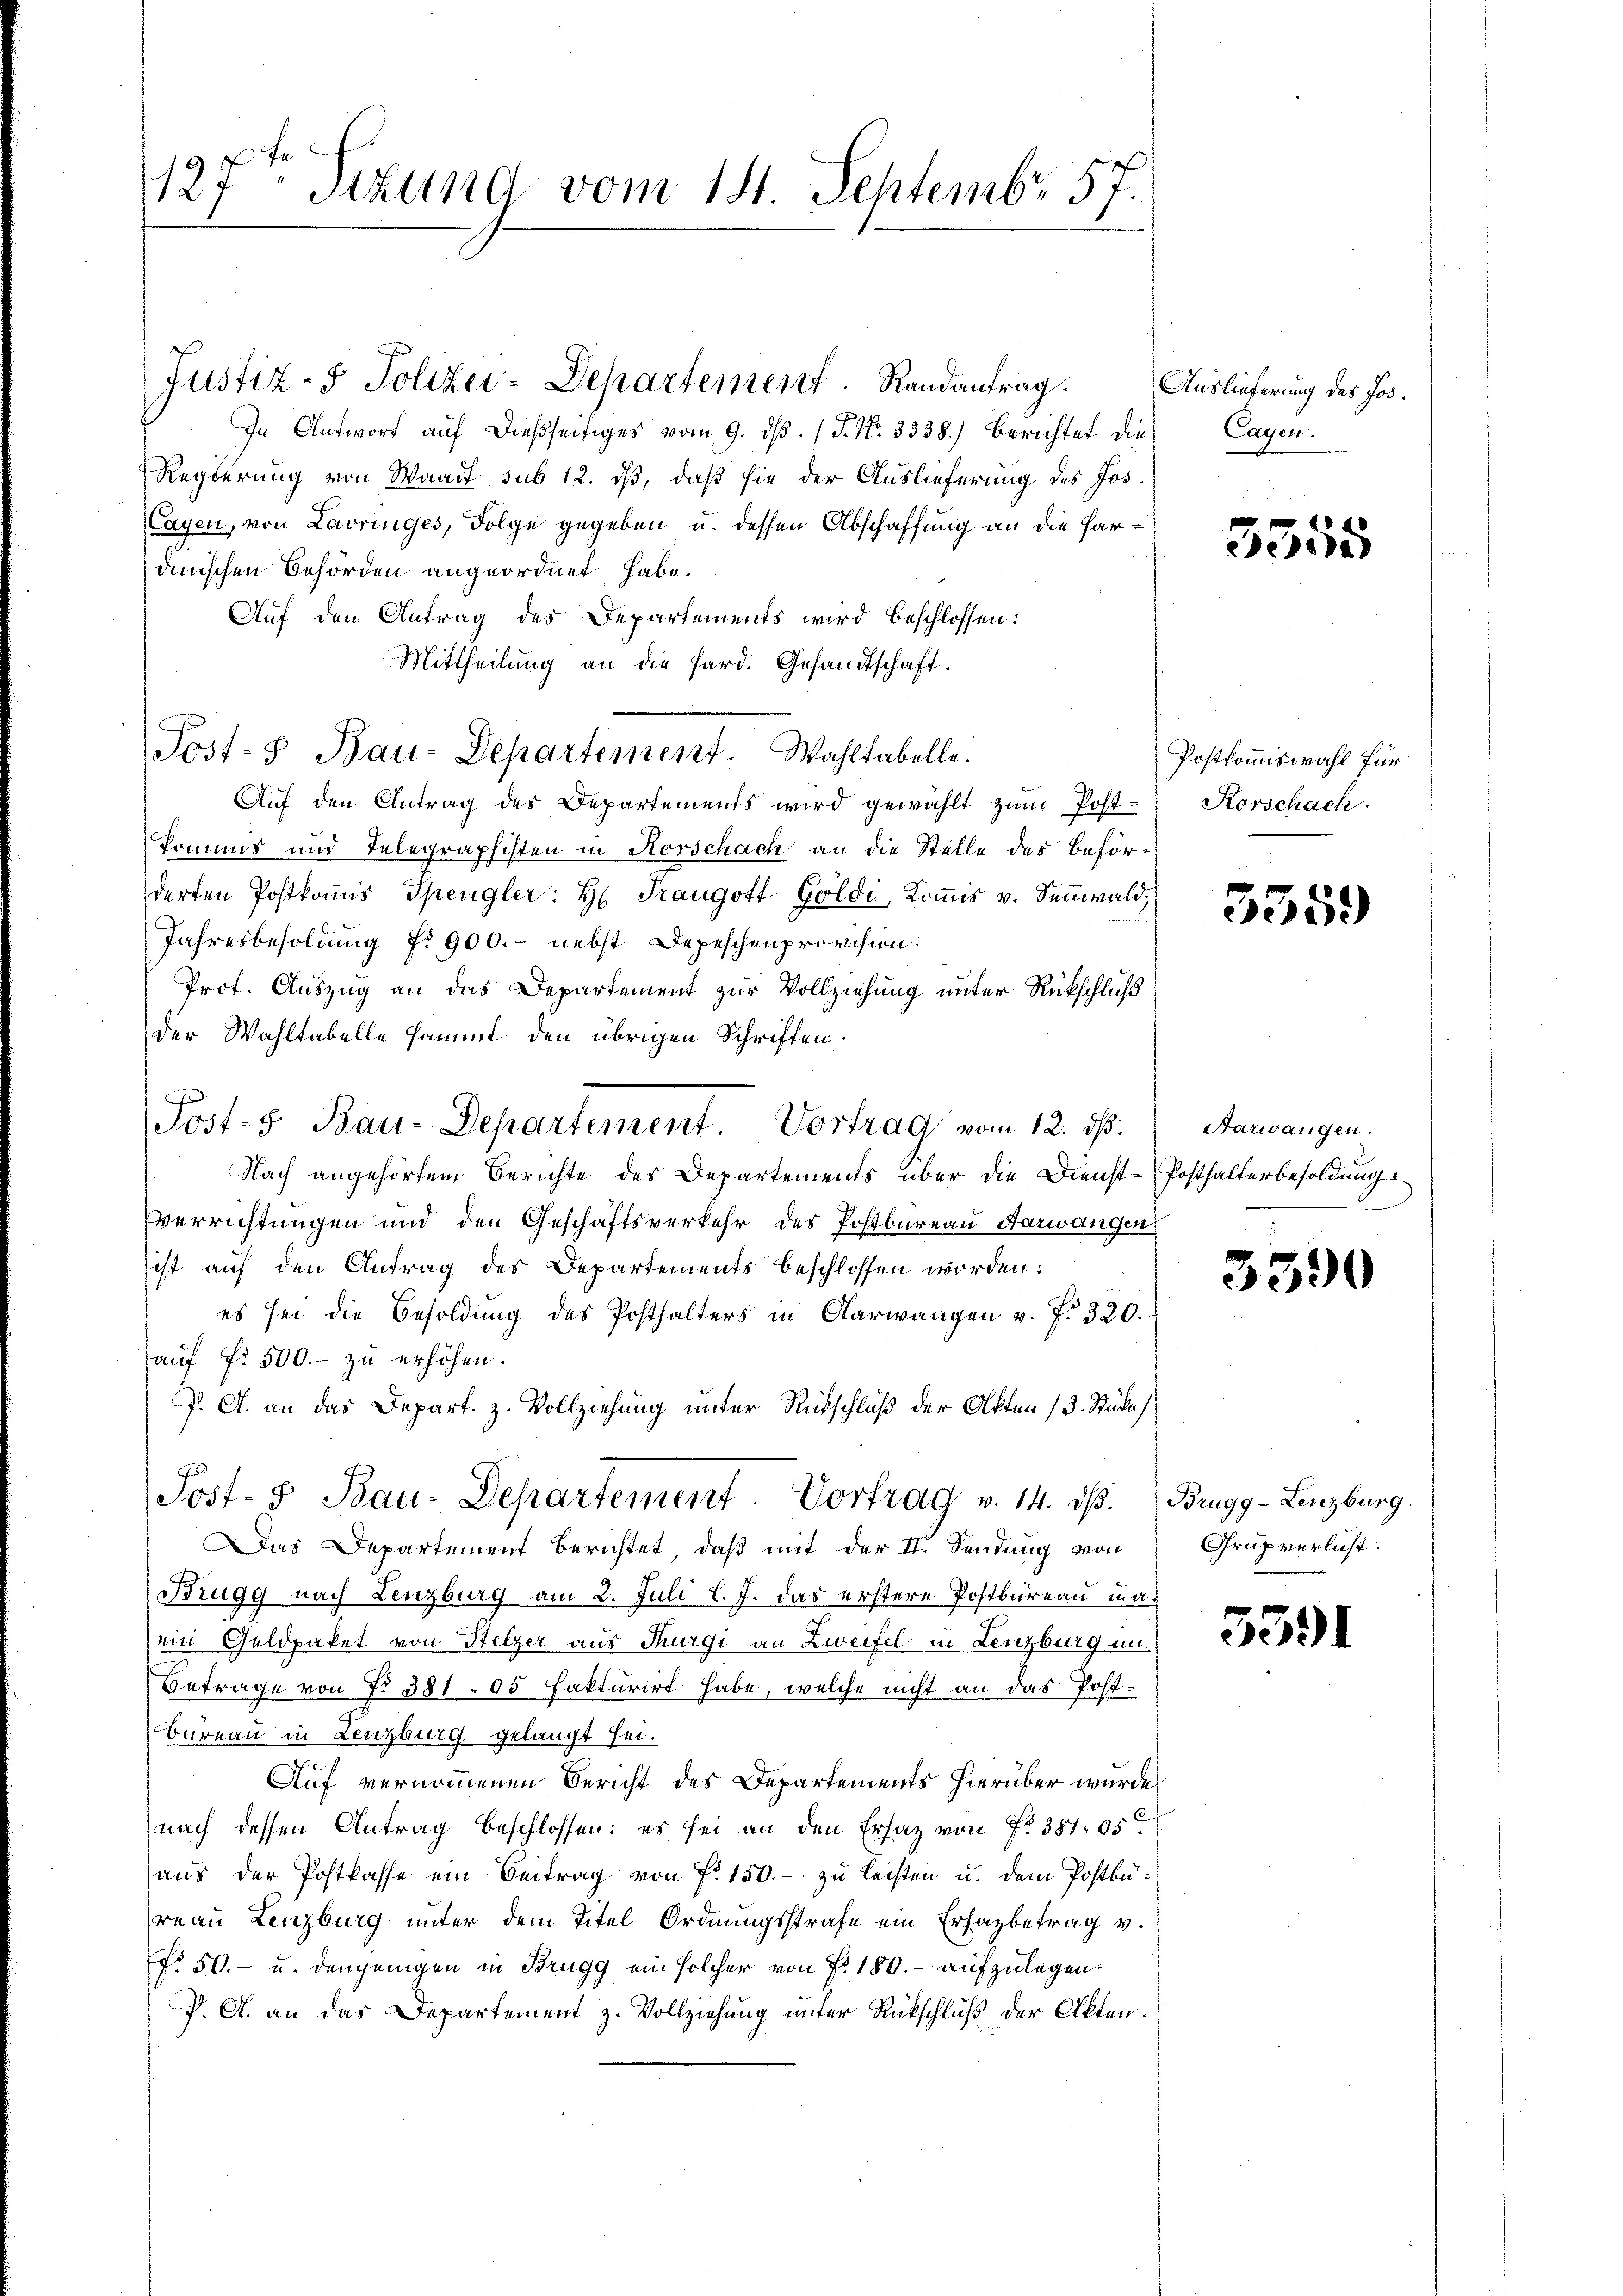
127, Stund vom 14. Septembr 57.

In Antwort auf dießseitiges vom 9. dβ. / P. Nr. 3338.) Berichtet die
Regierung von Waadt sub 12. daß, daß sie der Auslieferung des Jos.
Cayen, von Lavringes, Folge gegeben u. dessen Abschaffung an die Hardinischen Behörden angeordnet habe.
Auf den Antrag des Departements wird beschlossen:
Mittheilung an die Pard. Gesandtschaft.
Post- & Bau-Departement. Wahltabelle.
Aŭf den Antrag des Departements wird gewählt zŭm Post- Korschach:
komms und Telegraphisten in Korschach an die Stelle des Beförderten Postkomis Spengler: H. Traugott Goldi, Kommis v. Sennwald,
Jahresbesoldung No 900. - nebst Depeschenprovision.
Prot. Auszug an das Departement zur Vollziehung unter Rückschluß
der Wahltabelle sammt den übrigen Schriften.
Nach angehörten Berichte des Departements über die Dienstverrichtungen und den Geschäftsverkehr des Postbureau, Aarwangen
ist auf den Antrag des Departements beschlossen worden:
es sei die Besoldung des Posthalters in Aarwangen v. f. 320.
auf fr. 500.- zu erhöhen.
P. A. an das Depart. Z. Vollziehung unter Rückschluß der Akten 13. Stücke
Post- 5. Bau-Departement. Vortrag v. 14. dβ. Brugg-Lenzburg.
Das Departement berichtet, daß mit der II. Sendung von
Brugg nach Lenzburg am 2. Juli l. J. das erstere Postbureau inaein Geldpaket von Stelzer aus Thurgi an Zweifel in Lenzburg in
Betrage von No 381. 05 fakturirt habe, welche nicht an das Post¬
Bureau in Lenzburg gelangt sei.
Auf vernommenen Bericht des Departements hierüber wurde
nach dessen Antrag beschlossen: es sei an den Ersatz von Fr. 351. 950
aus der Postkasse ein Beitrag von Fr. 150.- zu leisten u. dem Postbüreau Lenzburg unter dem Titel Ordnungsstrafe ein Erhalbetrag v.
No 50.- u. denjenigen in Brugg ein solcher von Fr. 180. aufzulegen.
P. G. an das Departement z. Vollziehung unter Rückschluß der Akten.

Justiz- & Polizer-Departement. Randantrag. Auslieferung des Jos.

Post- & Bau-Departement. Vortrag vom 12. ds.

Cagen.

3355

Postkommiswahl für

3359

Aarwangen.
Posthalterbesoldung

3590

Grüpverlust.

5391